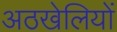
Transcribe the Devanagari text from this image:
अठखेलियों